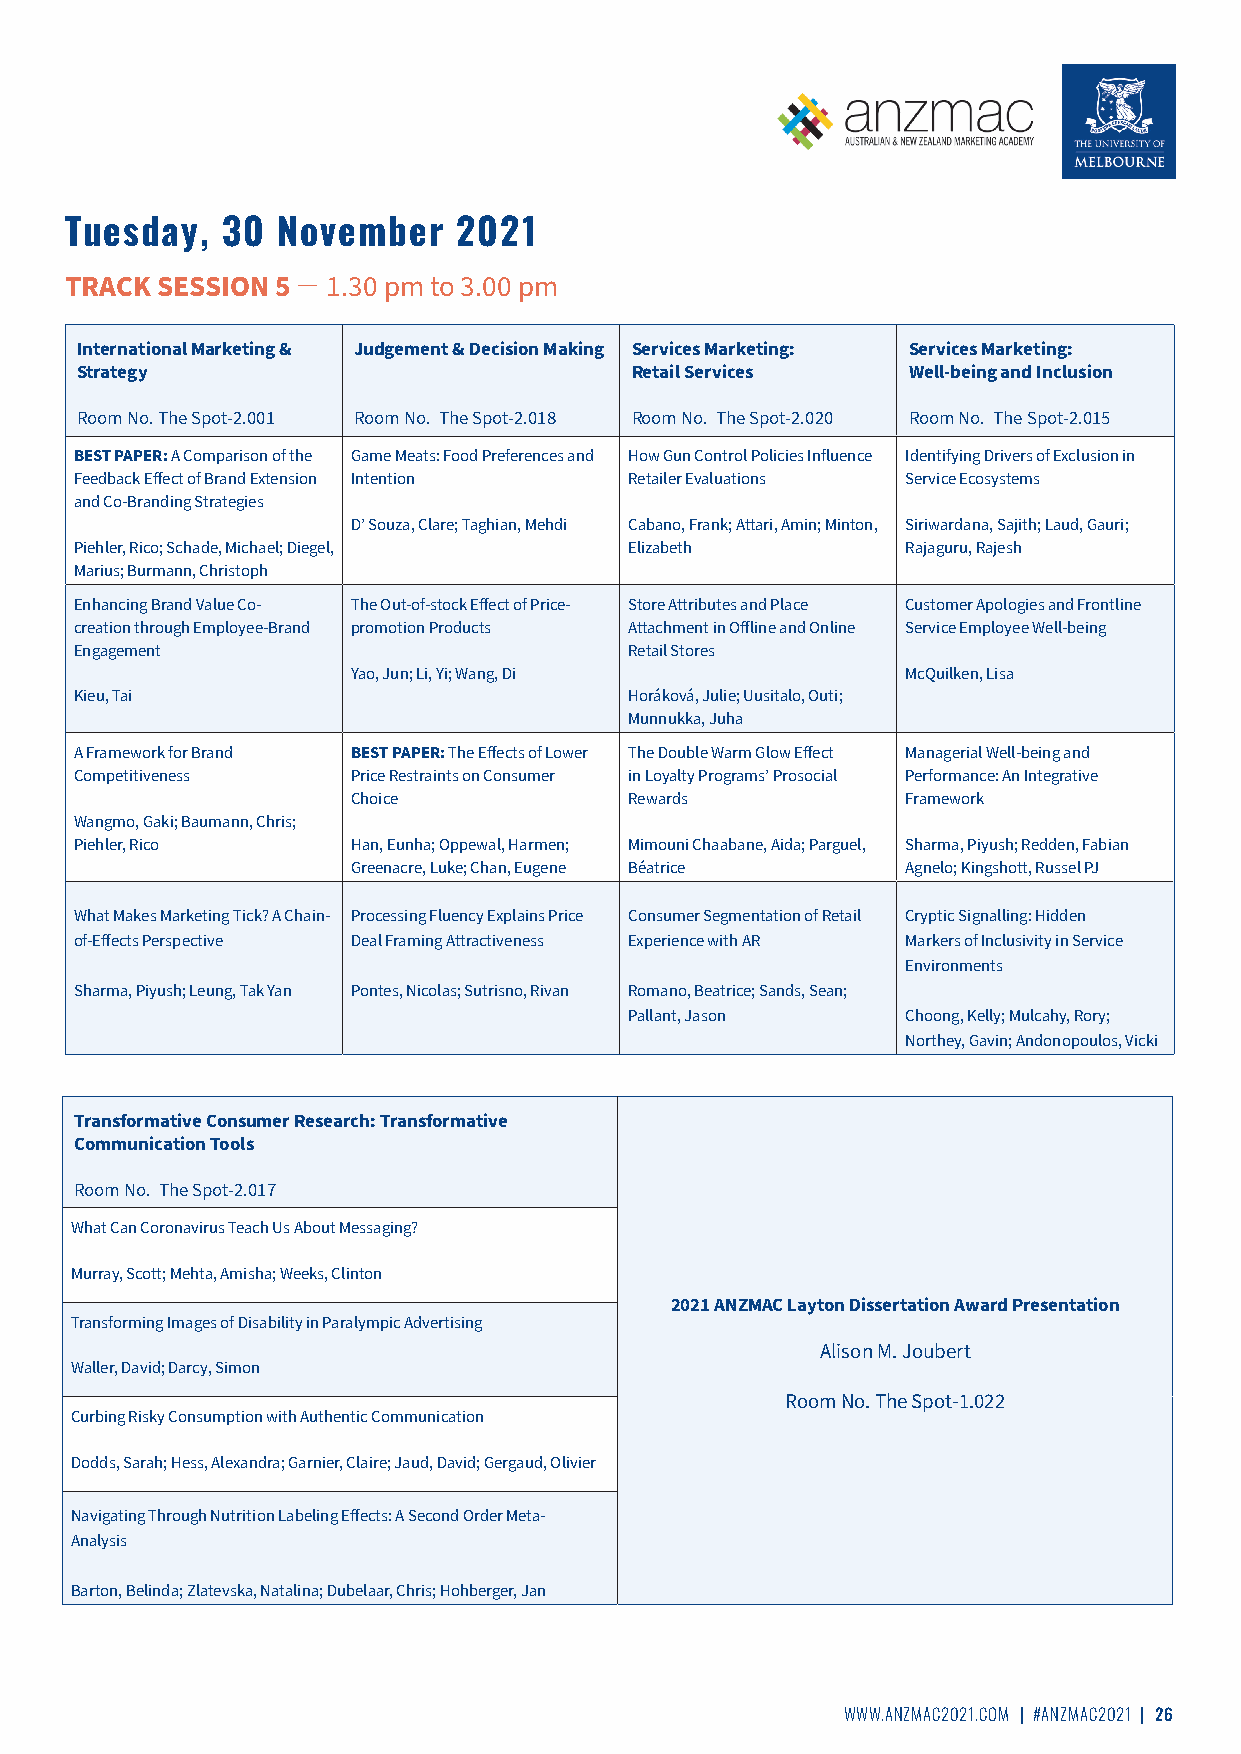
Tuesday,   30 November    2021
 TRACK SESSION 5 ̶ 1.30 pm to 3.00 pm
 International Marketing & Judgement & Decision Making Services Marketing: Services Marketing:
 Strategy                             Retail Services   Well-being and Inclusion
 Room No. The Spot-2.001 Room No. The Spot-2.018 Room No. The Spot-2.020 Room No. The Spot-2.015
 BEST PAPER: A Comparison of the Game Meats: Food Preferences and How Gun Control Policies Influence Identifying Drivers of Exclusion in
 Feedback Effect of Brand Extension Intention Retailer Evaluations Service Ecosystems
 and Co-Branding Strategies
 D’ Souza, Clare; Taghian, Mehdi Cabano, Frank; Attari, Amin; Minton, Siriwardana, Sajith; Laud, Gauri;
 Piehler, Rico; Schade, Michael; Diegel, Elizabeth      Rajaguru, Rajesh
 Marius; Burmann, Christoph
 Enhancing Brand Value Co- The Out-of-stock Effect of Price- Store Attributes and Place Customer Apologies and Frontline
 creation through Employee-Brand promotion Products Attachment in Offline and Online Service Employee Well-being
 Engagement                           Retail Stores
 Yao, Jun; Li, Yi; Wang, Di           McQuilken, Lisa
 Kieu, Tai                            Horáková, Julie; Uusitalo, Outi;
 Munnukka, Juha
 A Framework for Brand BEST PAPER: The Effects of Lower The Double Warm Glow Effect Managerial Well-being and
 Competitiveness   Price Restraints on Consumer in Loyalty Programs’ Prosocial Performance: An Integrative
 Choice             Rewards           Framework
 Wangmo, Gaki; Baumann, Chris;
 Piehler, Rico     Han, Eunha; Oppewal, Harmen; Mimouni Chaabane, Aida; Parguel, Sharma, Piyush; Redden, Fabian
 Greenacre, Luke; Chan, Eugene Béatrice Agnelo; Kingshott, Russel PJ
 What Makes Marketing Tick? A Chain- Processing Fluency Explains Price Consumer Segmentation of Retail Cryptic Signalling: Hidden
 of-Effects Perspective Deal Framing Attractiveness Experience with AR Markers of Inclusivity in Service
 Environments
 Sharma, Piyush; Leung, Tak Yan Pontes, Nicolas; Sutrisno, Rivan Romano, Beatrice; Sands, Sean;
 Pallant, Jason    Choong, Kelly; Mulcahy, Rory;
 Northey, Gavin; Andonopoulos, Vicki
 Transformative Consumer Research: Transformative
 Communication Tools
 Room No. The Spot-2.017
 What Can Coronavirus Teach Us About Messaging?
 Murray, Scott; Mehta, Amisha; Weeks, Clinton
 2021 ANZMAC Layton Dissertation Award Presentation
 Transforming Images of Disability in Paralympic Advertising
 Alison M. Joubert
 Waller, David; Darcy, Simon
 Room No. The Spot-1.022
 Curbing Risky Consumption with Authentic Communication
 Dodds, Sarah; Hess, Alexandra; Garnier, Claire; Jaud, David; Gergaud, Olivier
 Navigating Through Nutrition Labeling Effects: A Second Order Meta-
 Analysis
 Barton, Belinda; Zlatevska, Natalina; Dubelaar, Chris; Hohberger, Jan
 WWW.ANZMAC2021.COM | #ANZMAC2021 | 26